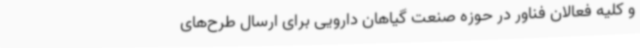
و کلیه فعالان فناور در حوزه صنعت گیاهان دارویی برای ارسال طرح‌های